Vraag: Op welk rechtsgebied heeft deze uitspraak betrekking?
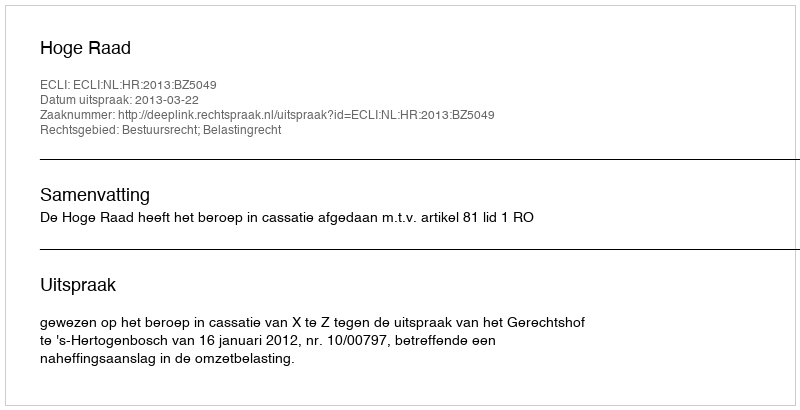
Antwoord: Bestuursrecht; Belastingrecht